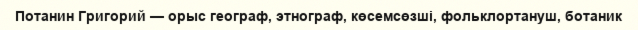
Потанин Григорий — орыс географ, этнограф, көсемсөзші, фольклортануш, ботаник